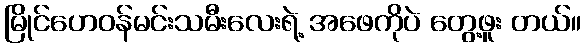
မြိုင်ဟေဝန်မင်းသမီးလေးရဲ့ အဖေကိုပဲ တွေ့ဖူး တယ်။